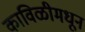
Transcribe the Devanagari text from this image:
काविळीमधून